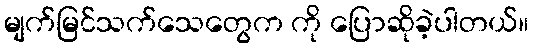
မျက်မြင်သက်သေတွေက ကို ပြောဆိုခဲ့ပါတယ်။